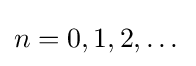
n=0,1,2,\dots